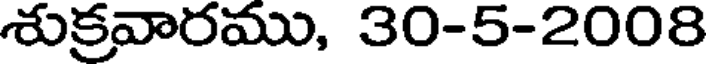
శుక్రవారము, 30-5-2008